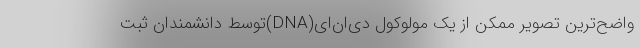
واضح‌ترین تصویر ممکن از یک مولوکول دی‌ان‌ای(DNA)توسط دانشمندان ثبت